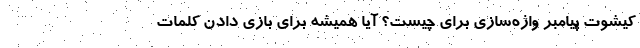
‌کیشوت پیامبر واژه‌سازی برای چیست؟ آیا همیشه برای بازی دادنِ کلمات